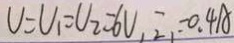
V = U _ { 1 } = U _ { 2 } = 6 V , 2 _ { 1 } = 0 . 4 A